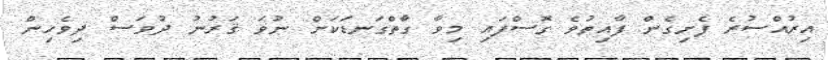
އިރުއްސުރެ ފެށިގެން ފާއިތުވެ ގޮސްފައި މިވާ ގާތްގަނޑަކަށް ނުވަ ޤަރުނު ދުވަސް ދިވެހިން